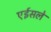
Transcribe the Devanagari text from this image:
एईसले